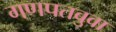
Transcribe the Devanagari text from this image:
गणपतबुवा